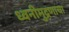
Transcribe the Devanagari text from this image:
ध्वनीमुद्रणाचा